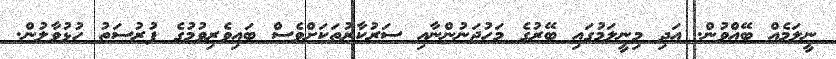
ނީލަމެއް ބޭއްވުން. އަދި މިނީލަމުގައި ބޭރުގެ މަހުޖަނުންނާއި ސަރުކާރުތަކަށްވެސް ބައިވެރިވުމުގެ ފުރުސަތު ހުޅުވާލުން.